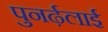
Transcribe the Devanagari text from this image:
पुनर्ढ़लाई